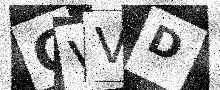
Text: GVVD